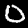
Digit: 0